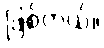
ဖြစ်တယ်။